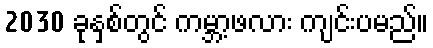
2030 ခုနှစ်တွင် ကမ္ဘာ့ဖလား ကျင်းပမည်။